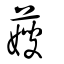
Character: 𦺋